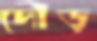
দৌড়